Rangoon Lunatic Asylum 1898-1906 - 1898-1906
Year: 1898
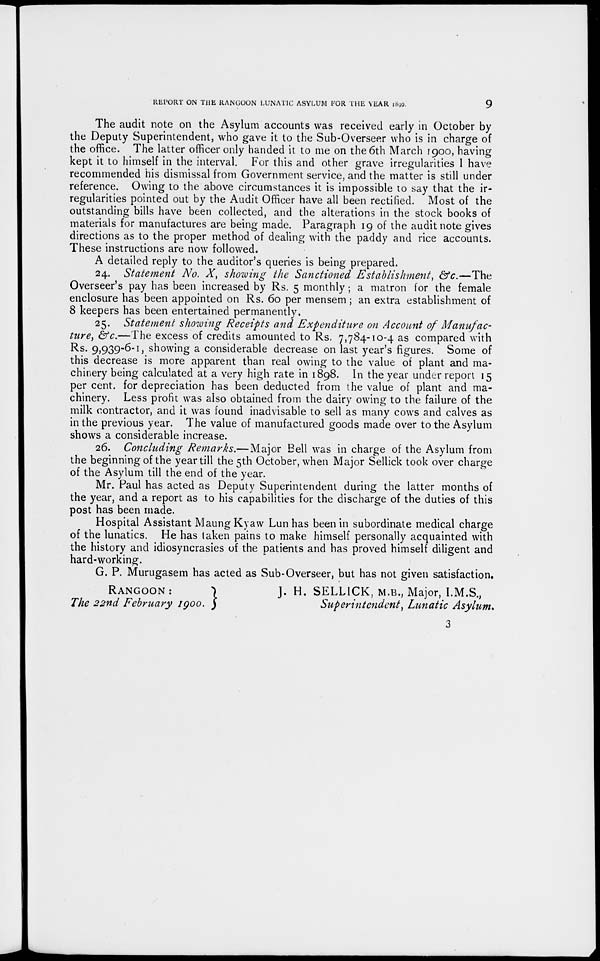
REPORT ON THE RANGOON LUNATIC ASYLUM FOR THE YEAR 1899.
9
The audit note on the Asylum accounts was received early in October by
the Deputy Superintendent, who gave it to the Sub-Overseer who is in charge of
the office. The latter officer only handed it to me on the 6th March 1900, having
kept it to himself in the interval. For this and other grave irregularities I have
recommended his dismissal from Government service, and the matter is still under
reference. Owing to the above circumstances it is impossible to say that the ir-
regularities pointed out by the Audit Officer have all been rectified. Most of the
outstanding bills have been collected, and the alterations in the stock books of
materials for manufactures are being made. Paragraph 19 of the audit note gives
directions as to the proper method of dealing with the paddy and rice accounts.
These instructions are now followed.
A detailed reply to the auditor's queries is being prepared.
24. Statement No. X, showing the Sanctioned Establishment,
&c.—The
Overseer's pay has been increased by Rs. 5 monthly ; a matron for the female
enclosure has been appointed on Rs. 60 per mensem; an extra establishment of
8 keepers has been entertained permanently.
25. Statement showing Receipts and Expenditure on Account of Manufac-
ture, &c.—The excess of credits amounted to Rs. 7,784-10-4 as compared with
Rs. 9,939-6-1, showing a considerable decrease on last year's figures. Some of
this decrease is more apparent than real owing to the value of plant and ma-
chinery being calculated at a very high rate in 1898. In the year under report 15
per cent. for depreciation has been deducted from the value of plant and ma-
chinery. Less profit was also obtained from the dairy owing to the failure of the
milk contractor, and it was found inadvisable to sell as many cows and calves as
in the previous year. The value of manufactured goods made over to the Asylum
shows a considerable increase.
26. Concluding Remarks.—Major
Bell was in charge of the Asylum from
the beginning of the year till the 5th October, when Major Sellick took over charge
of the Asylum till the end of the year.
Mr. Paul has acted as Deputy Superintendent during the latter months of
the year, and a report as to his capabilities for the discharge of the duties of this
post has been made.
Hospital Assistant Maung Kyaw Lun has been in subordinate medical charge
of the lunatics. He has taken pains to make himself personally acquainted with
the history and idiosyncrasies of the patients and has proved himself diligent and
hard-working.
G. P. Murugasem has acted as Sub-Overseer, but has not given satisfaction.
RANGOON:
The 22nd February 1900.
J. H. SELLICK, M.B., Major, I.M.S.,
Superintendent, Lunatic Asylum.
3